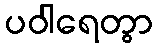
ပဝါရေတွာ